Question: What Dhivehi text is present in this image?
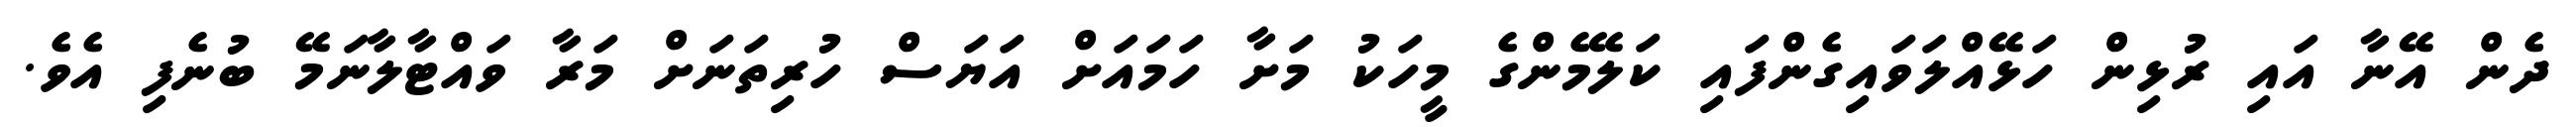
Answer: ދެން އޭނާ އައި ރުޅިން ހަޅޭއްލަވައިގެންފައި ކަލޭމެންގެ މީހަކު މަށާ ހަމައަށް އަޔަސް ހުރިތަނަށް މަރާ ވައްޓާލާނަމޭ ބުނެފި އެވެ.